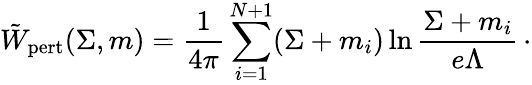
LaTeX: \tilde{W}_{\mathrm{pert}}(\Sigma,m)={\frac{1}{4\pi}}\sum_{i=1}^{N+1}(\Sigma+m_{i})\ln{\frac{\Sigma+m_{i}}{e\Lambda}}\, \cdotp